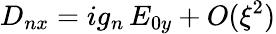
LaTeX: D_{nx}=ig_{n}\, E_{0y}+O(\xi^{2})